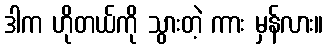
ဒါက ဟိုတယ်ကို သွားတဲ့ ကား မှန်လား။